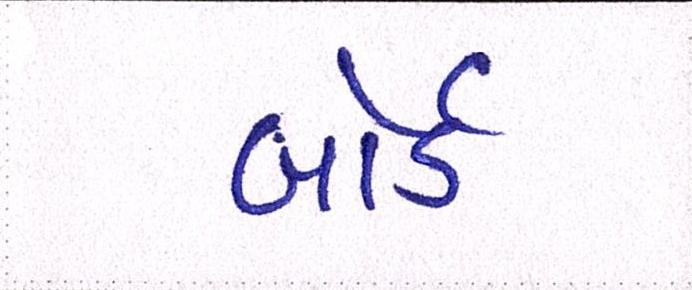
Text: બોર્ડ